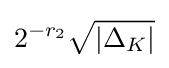
2^{-r_{2}}{\sqrt {|\Delta _{K}|}}